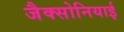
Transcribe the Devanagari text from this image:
जैक्सोनियाई